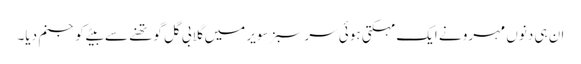
ان ہی دنوں مہرو نے ایک مہکتی ہوئی سر سبز سویر میں گلابی گل گو تھنے سے بیٹے کو جنم دیا۔